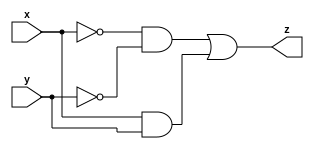
module America(
input x,
input y,
output z
);

assign z = (~x & ~y) | (x & y);

endmodule